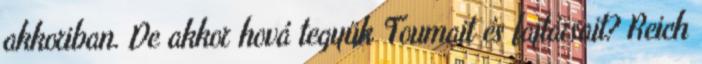
akkoriban. De akkor hová tegyük Toumait és fajtársait? Reich